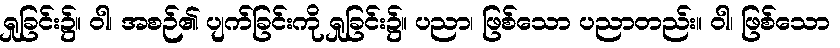
ရှုခြင်း၌။ ဝါ၊ အစဉ်၏ ပျက်ခြင်းကို ရှုခြင်း၌။ ပညာ၊ ဖြစ်သော ပညာတည်း။ ဝါ၊ ဖြစ်သော